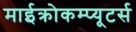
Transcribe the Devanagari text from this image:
माईक्रोकम्प्यूटर्स